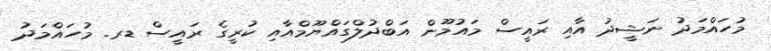
މުހައްމަދު ނަޝީދު އާއި ރައީސް މައުމޫން އަބްދުލްގައްޔޫމްއާއި ކުރީގެ ރައީސް ޑރ. މުހައްމަދު